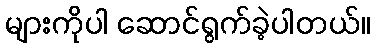
များကိုပါ ဆောင်ရွက်ခဲ့ပါတယ်။